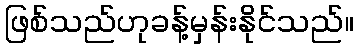
ဖြစ်သည်ဟုခန့်မှန်းနိုင်သည်။